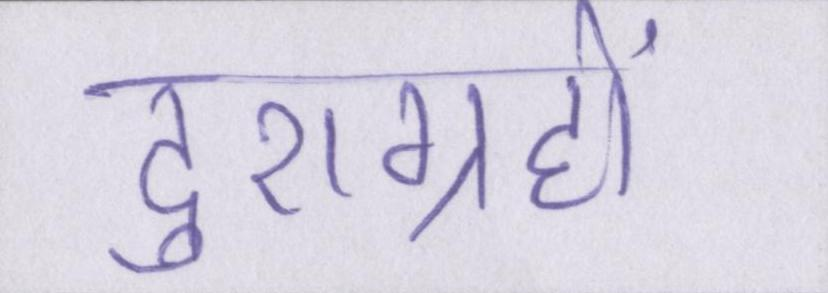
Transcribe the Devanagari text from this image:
दुराग्रहों